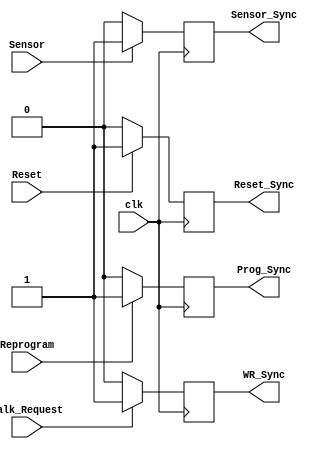
`timescale 1ns / 1ps
//////////////////////////////////////////////////////////////////////////////////
// Company: 
// Engineer: 
// 
// Design Name: 
// Module Name: Synchronizer
// Project Name: 
// Target Devices: 
// Tool Versions: 
// Description: 
// 
// Dependencies: 
// 
// Revision:
// Revision 0.01 - File Created
// Additional Comments:
// 
//////////////////////////////////////////////////////////////////////////////////


module Synchronizer(
    input Reset,
    input Sensor,
    input Walk_Request,
    input Reprogram,
	input clk,
	
    output reg Prog_Sync,
    output reg WR_Sync,
    output reg Sensor_Sync,
    output reg Reset_Sync
    );
	always@(posedge clk) begin
	
	if(Reset) Reset_Sync = 1;
	else Reset_Sync = 0;
	
	if(Sensor) Sensor_Sync = 1;
	else Sensor_Sync = 0;
	
	if(Walk_Request) WR_Sync = 1;
	else WR_Sync = 0;
	
	if(Reprogram) Prog_Sync = 1;
	else Prog_Sync = 0;
	
	end

endmodule